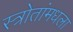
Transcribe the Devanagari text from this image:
स्त्रोतांमधला